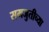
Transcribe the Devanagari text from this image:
समजुतीच्या